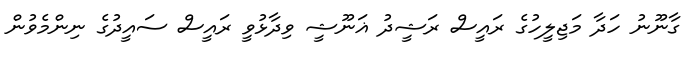
ގާނޫނު ހަދާ މަޖިލީހުގެ ރައީސް ރަޝީދު ޣަނޫޝީ ވިދާޅުވީ ރައީސް ސައީދުގެ ނިންމެވުން